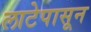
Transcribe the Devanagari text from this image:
लाटेपासून